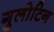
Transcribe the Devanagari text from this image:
गुलोटिन